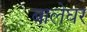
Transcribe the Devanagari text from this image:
बालेघर